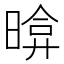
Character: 𣉂